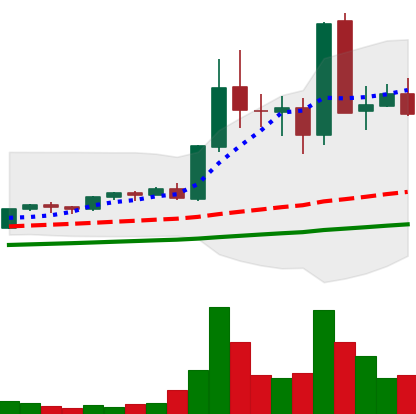
Ticker: EOS-USD
Chart end date: 2021-05-15
Forward return: -34.785%
Label: down_7plus